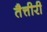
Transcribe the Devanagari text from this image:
तैत्तीरी